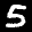
Label: 5